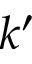
k ^ { \prime }